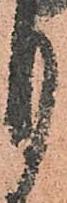
月